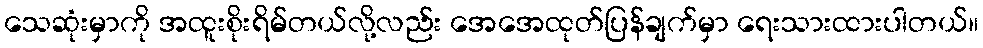
သေဆုံးမှာကို အထူးစိုးရိမ်တယ်လို့လည်း အေအေထုတ်ပြန်ချက်မှာ ရေးသားထားပါတယ်။